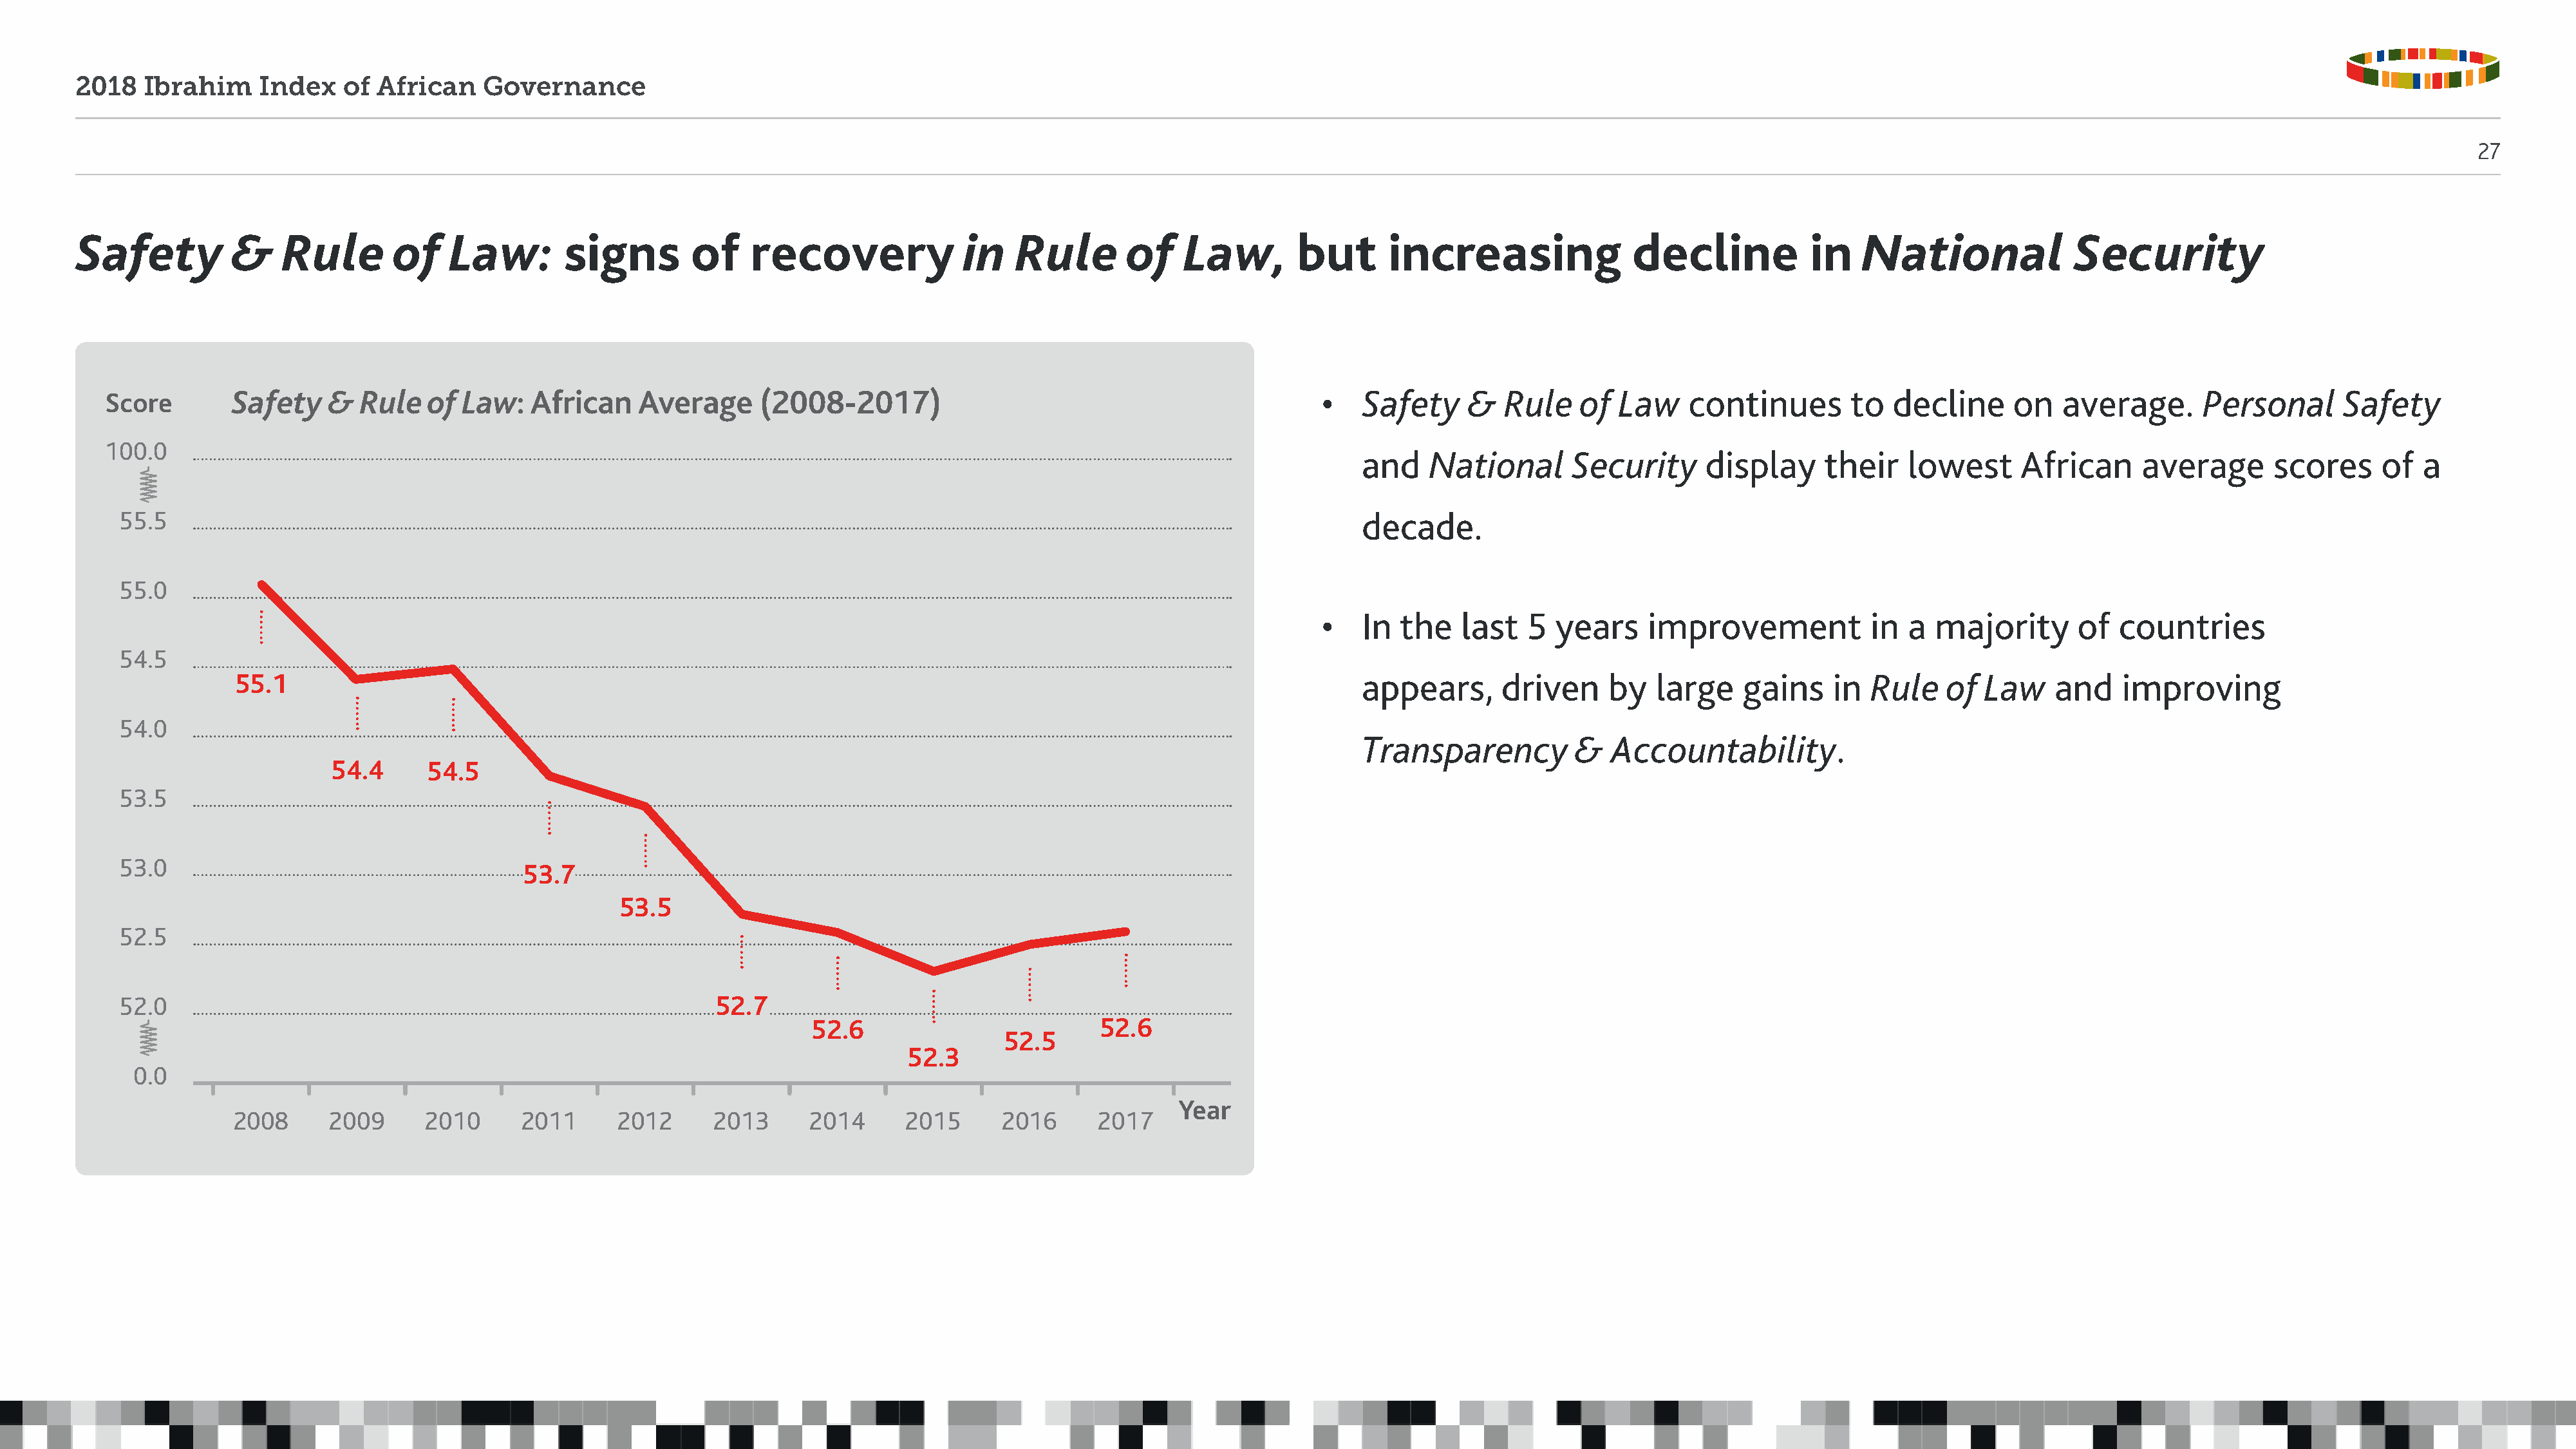
2018   Ibrahim     Index   of  African    Governance
 27
 Safety          &    Rule       of    Law:        signs        of    recovery              in   Rule        of    Law,       but       increasing               decline           in   National              Security
 Score        Safety    &  Rule   of Law:    African    Average     (2008-2017)                                               •   Safety     &   Rule   of  Law     continues       to   decline     on   average.      Personal       Safety
 100.0
 and    National       Security     display      their   lowest      African     average       scores     of  a
 55.5                                                                                                                            decade.
 55.0
 •   In  the   last   5  years    improvement            in  a  majority       of  countries
 54.5
 55.1                                                                                                                appears,      driven     by   large    gains    in  Rule    of  Law    and    improving
 54.0
 Transparency          &   Accountability.
 54.4      54.5
 53.5
 53.0
 53.7
 53.5
 52.5
 52.0                                                          52.7
 52.6                          52.6
 52.5
 52.3
 0.0
 Year
 2008      2009      2010      2011     2012      2013      2014      2015      2016      2017